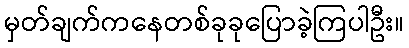
မှတ်ချက်ကနေတစ်ခုခုပြောခဲ့ကြပါဦး။